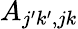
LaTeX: A_{j^{\prime}k^{\prime},jk}